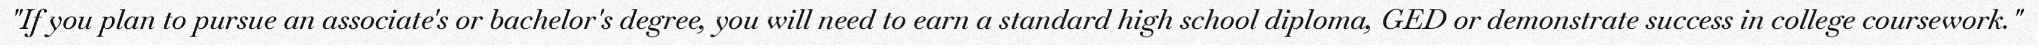
"If you plan to pursue an associate's or bachelor's degree, you will need to earn a standard high school diploma, GED or demonstrate success in college coursework."